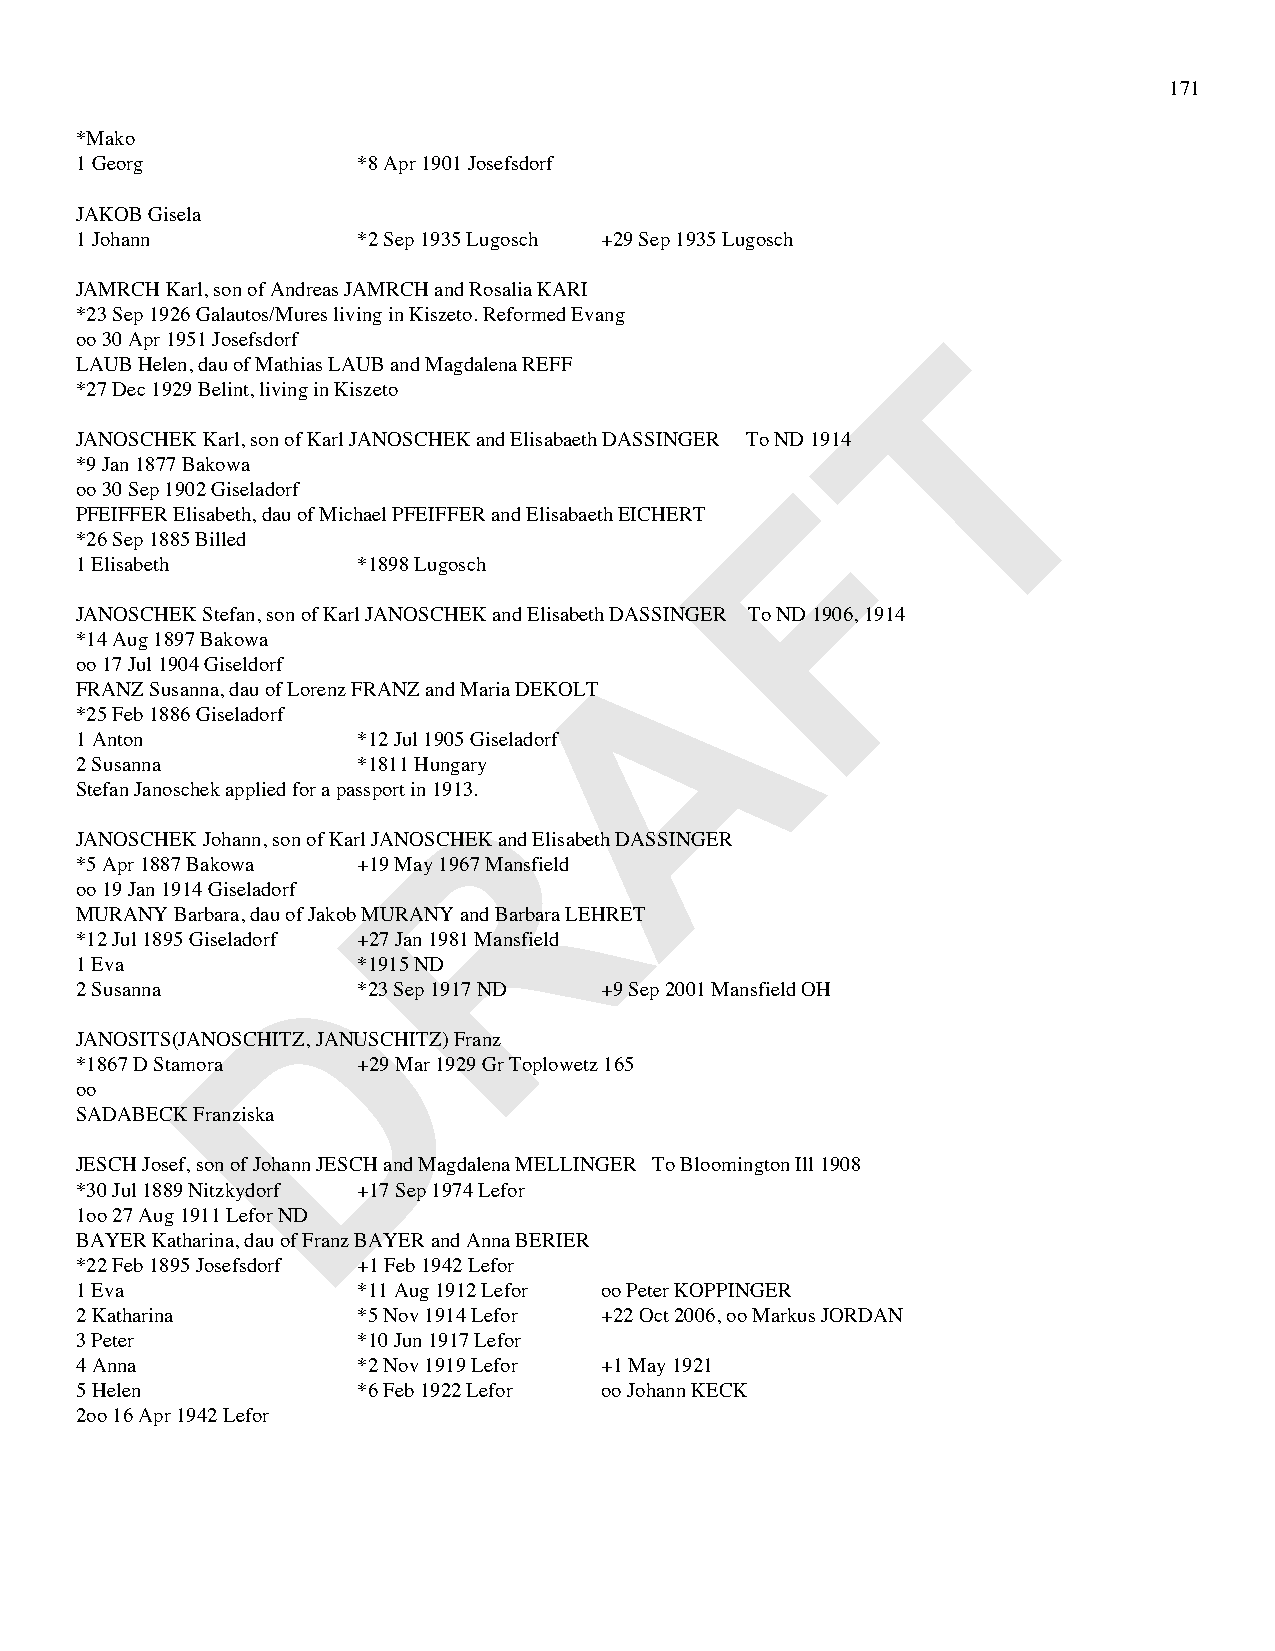
171
 *Mako
 1 Georg            *8 Apr 1901 Josefsdorf
 JAKOB Gisela
 1 Johann           *2 Sep 1935 Lugosch +29 Sep 1935 Lugosch
 JAMRCH Karl, son of Andreas JAMRCH and Rosalia KARI
 *23 Sep 1926 Galautos/Mures living in Kiszeto. Reformed Evang
 T
 oo 30 Apr 1951 Josefsdorf
 LAUB Helen, dau of Mathias LAUB and Magdalena REFF
 *27 Dec 1929 Belint, living in Kiszeto
 JANOSCHEK Karl, son of Karl JANOSCHEK and Elisabaeth DASSINGER To ND 1914
 *9 Jan 1877 Bakowa                             F
 oo 30 Sep 1902 Giseladorf
 PFEIFFER Elisabeth, dau of Michael PFEIFFER and Elisabaeth EICHERT
 *26 Sep 1885 Billed
 1 Elisabeth        *1898 Lugosch
 JANOSCHEK Stefan, son of Karl JANOSCHEK and Elisabeth DASASINGER To ND 1906, 1914
 *14 Aug 1897 Bakowa
 oo 17 Jul 1904 Giseldorf
 FRANZ Susanna, dau of Lorenz FRANZ and Maria DEKOLT
 *25 Feb 1886 Giseladorf
 1 Anton            *12 Jul 1905 Giseladorf
 2 Susanna          *1811 Hungary
 R
 Stefan Janoschek applied for a passport in 1913.
 JANOSCHEK Johann, son of Karl JANOSCHEK and Elisabeth DASSINGER
 *5 Apr 1887 Bakowa +19 May 1967 Mansfield
 oo 19 Jan 1914 Giseladorf
 MURANY Barbara, dau of Jakob MURANY and Barbara LEHRET
 *12 Jul 1895 Giseladorf +27 Jan 1981 Mansfield
 D
 1 Eva              *1915 ND
 2 Susanna          *23 Sep 1917 ND +9 Sep 2001 Mansfield OH
 JANOSITS(JANOSCHITZ, JANUSCHITZ) Franz
 *1867 D Stamora    +29 Mar 1929 Gr Toplowetz 165
 oo
 SADABECK Franziska
 JESCH Josef, son of Johann JESCH and Magdalena MELLINGER To Bloomington Ill 1908
 *30 Jul 1889 Nitzkydorf +17 Sep 1974 Lefor
 1oo 27 Aug 1911 Lefor ND
 BAYER Katharina, dau of Franz BAYER and Anna BERIER
 *22 Feb 1895 Josefsdorf +1 Feb 1942 Lefor
 1 Eva              *11 Aug 1912 Lefor oo Peter KOPPINGER
 2 Katharina        *5 Nov 1914 Lefor +22 Oct 2006, oo Markus JORDAN
 3 Peter            *10 Jun 1917 Lefor
 4 Anna             *2 Nov 1919 Lefor +1 May 1921
 5 Helen            *6 Feb 1922 Lefor oo Johann KECK
 2oo 16 Apr 1942 Lefor